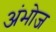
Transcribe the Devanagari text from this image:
अंभोज